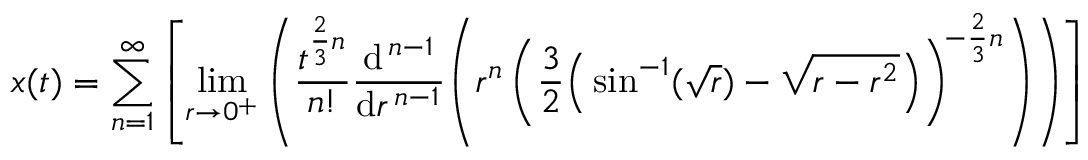
x ( t ) = \sum _ { n = 1 } ^ { \infty } \left[ \operatorname* { l i m } _ { r \to 0 ^ { + } } \left( { \frac { t ^ { { \frac { 2 } { 3 } } n } } { n ! } } { \frac { \mathrm { d } ^ { \, n - 1 } } { \mathrm { d } r ^ { \, n - 1 } } } \! \left( r ^ { n } \left( { \frac { 3 } { 2 } } { \Big ( } \sin ^ { - 1 } ( { \sqrt { r } } ) - { \sqrt { r - r ^ { 2 } } } { \Big ) } \right) ^ { \! - { \frac { 2 } { 3 } } n } \right) \right) \right]